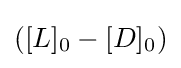
([L]_{0}-[D]_{0})